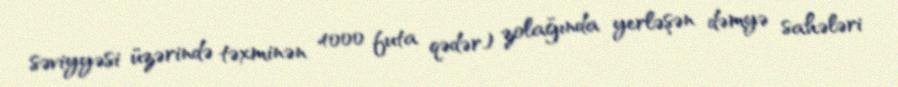
səviyyəsi üzərində təxminən 4000 futa qədər) zolağında yerləşən dəmyə sahələri